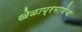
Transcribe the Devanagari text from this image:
खेळाप्रमाणेच